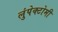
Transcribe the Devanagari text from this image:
लुंपेक्टोमी